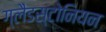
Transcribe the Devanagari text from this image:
ग्लैडस्टोनियन